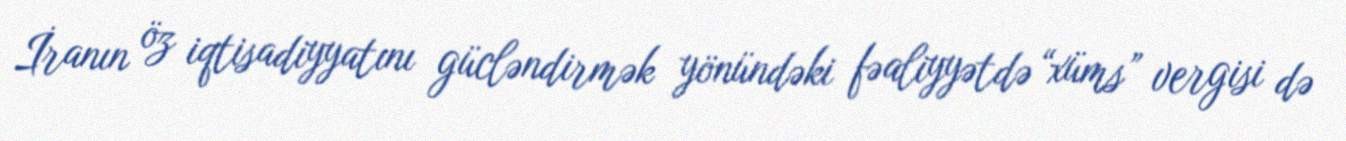
İranın öz iqtisadiyyatını gücləndirmək yönündəki fəaliyyətdə “xüms” vergisi də